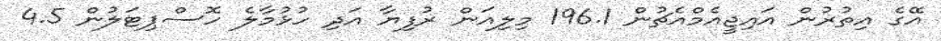
އޭގެ އިތުރުން އައިޖީއެމްއެޗުން 196.1 މިލިއަން ރުފިޔާ އަދި ހުޅުމާލެ ހޮސްޕިޓަލުން 4.5